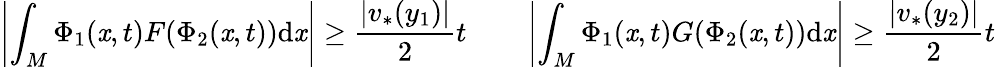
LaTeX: \left|\int_{M}\Phi_{1}(\mathit{x},t)F(\Phi_{2}(\mathit{x},t))\mathrm{{d}}\mathit{x}\right|\geq\frac{{|v_{*}(y_{1})|}}{{2}}t\qquad\left|\int_{M}\Phi_{1}(\mathit{x},t)G(\Phi_{2}(\mathit{x},t))\mathrm{{d}}\mathit{x}\right|\geq\frac{{|v_{*}(y_{2})|}}{{2}}t